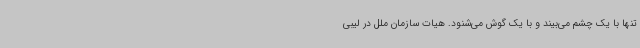
تنها با یک چشم می‌بیند و با یک گوش می‌شنود. هیات سازمان ملل در لیبی